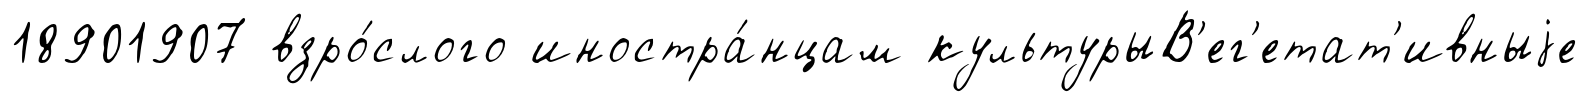
18901907 взро́слого иностра́нцам культурыВ'ег'етат'ивныjе